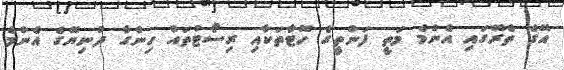
އޭގެ ތެރޭގައި އެންމެ މަތީ ފަންތީގެ ހޮޓާތަކާއި ރިސޯޓުތައް ހިންގާ ދުނިޔޭގެ އެންމެ